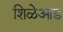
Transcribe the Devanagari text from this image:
शिळेआड